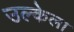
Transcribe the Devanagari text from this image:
उल्केला